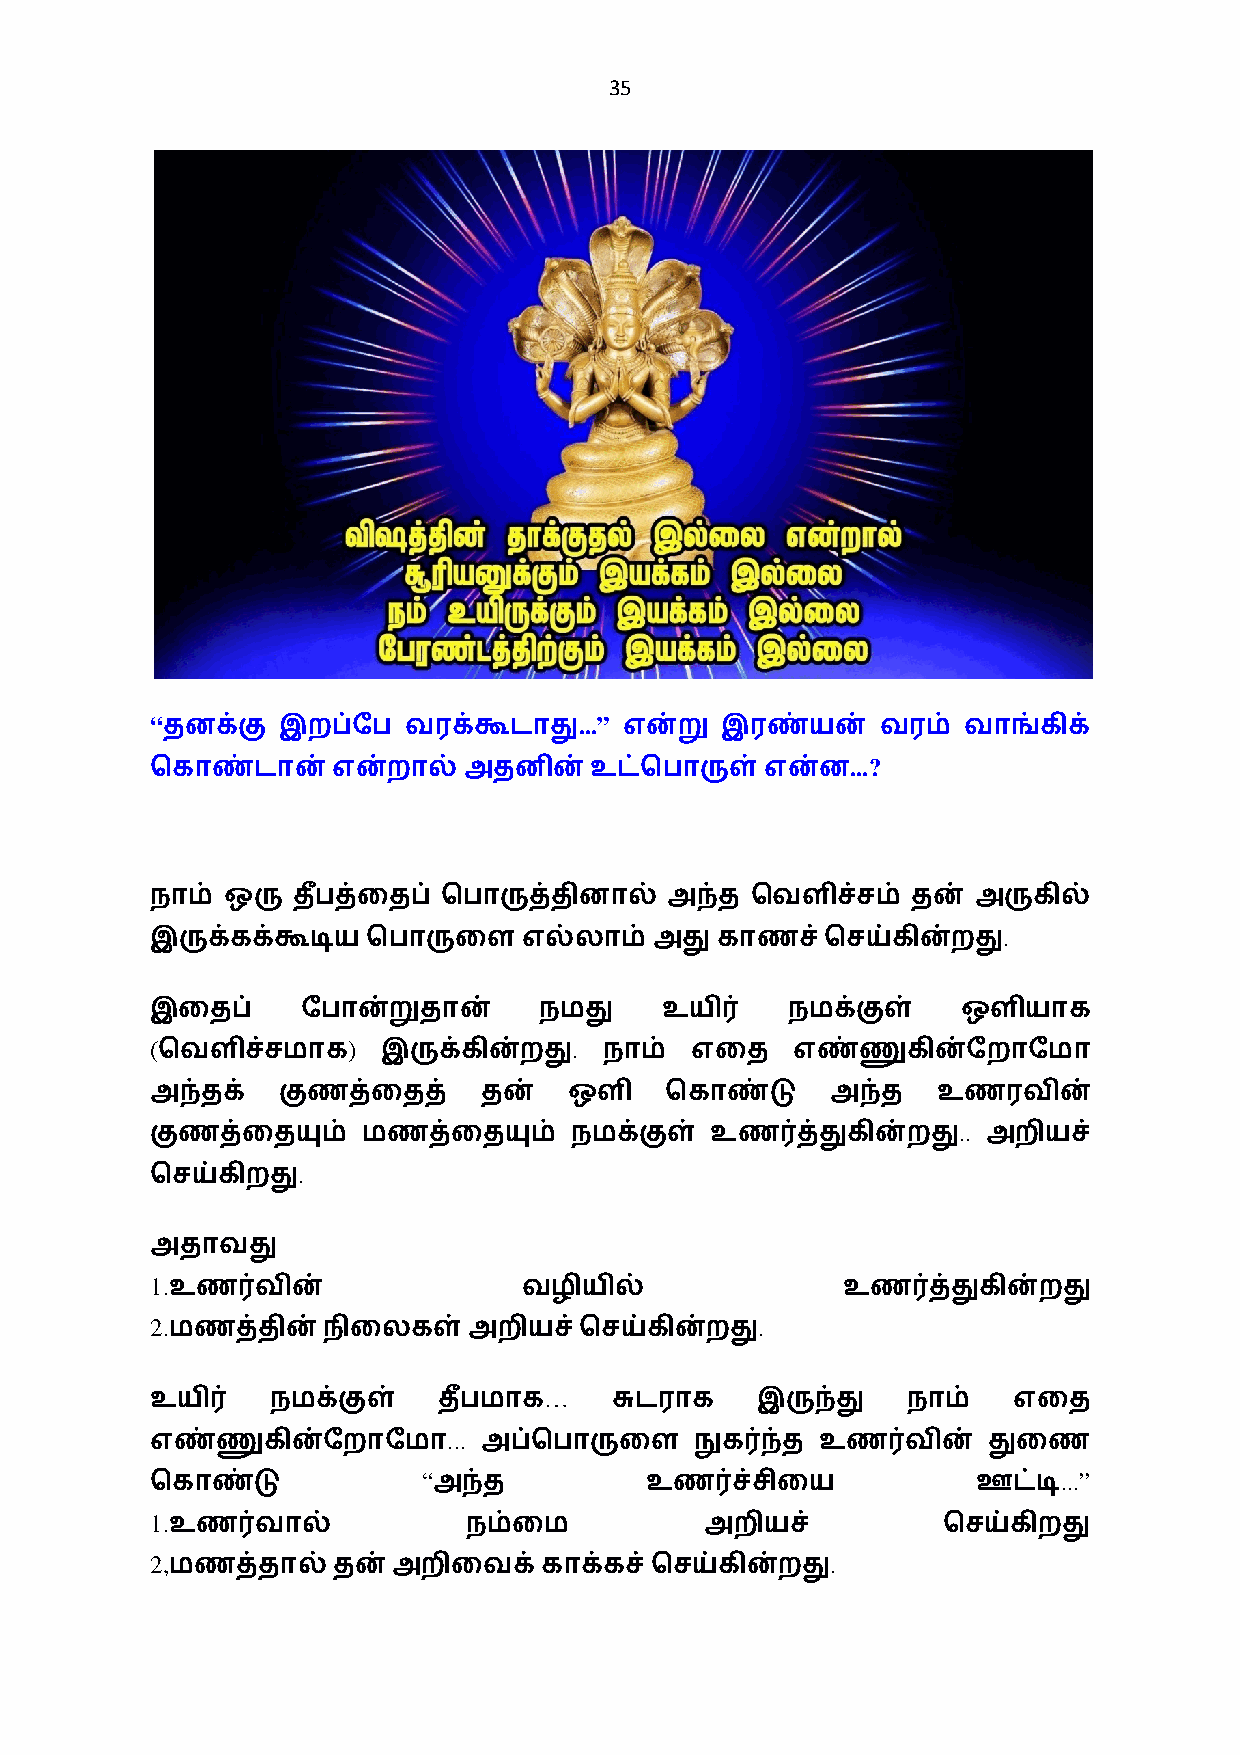
35
 “                           ...”
 தனக்கு இறப்ேப   வரக்கூடாது    என்று  இரண்யன்   வரம்  வாங்கிக்
 ...?
 ெகாண்டான்   என்றால்  அதனின்உட்ெபாருள்    என்ன
 நாம் ஒரு தப+ த்ைதப் ெபாருத்தினால் அந்த  ெவளிச்சம் தன்  அருகில்
 .
 இருக்கக்கூடியெபாருைள     எல்லாம் அது காணச்ெசய்கின்றது
 இைதப்     ேபான்றுதான்     நமது    உயி0    நமக்குள்    ஒளியாக
 (            )              .
 ெவளிச்சமாக     இருக்கின்றது   நாம்  எைத    எண்ணுகின்ேறாேமா
 அந்தக்  குணத்ைதத்     தன்   ஒளி   ெகாண்டு    அந்த   உணரவின்
 ..
 குணத்ைதயும்   மணத்ைதயும்    நமக்குள் உண0த்துகின்றது    அறியச்
 .
 ெசய்கிறது
 அதாவது
 1.
 உண0வின்                 வழியில்              உண0த்துகின்றது
 2.                                      .
 மணத்தின்நிைலகள்அறியச்ெசய்கின்றது
 …
 உயி0    நமக்குள்   தப+ மாக     சுடராக   இருந்து   நாம்   எைத
 ...
 எண்ணுகின்ேறாேமா       அப்ெபாருைள    நுக0ந்த உண0வின்    துைண
 “                                         ...”
 ெகாண்டு            அந்த          உண0ச்சிைய             ஊட்டி
 1.
 உண0வால்             நம்ைம           அறியச்         ெசய்கிறது
 2,                                           .
 மணத்தால்   தன்அறிைவக்காக்கச்ெசய்கின்றது